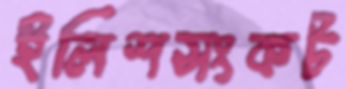
ইলিশসংকট